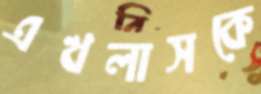
এখলাসকে